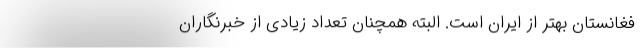
فغانستان بهتر از ایران است. البته همچنان تعداد زیادی از خبرنگاران